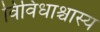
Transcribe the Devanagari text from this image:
विविधाश्चास्य